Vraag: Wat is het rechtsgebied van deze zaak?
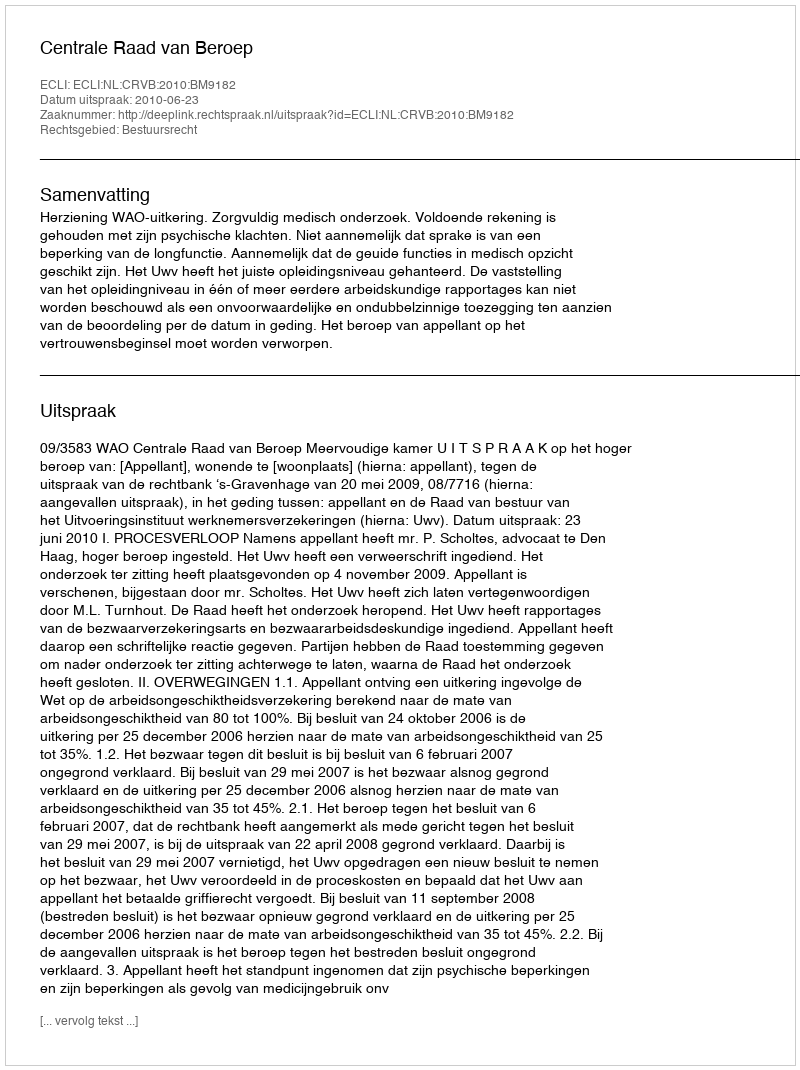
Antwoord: Bestuursrecht